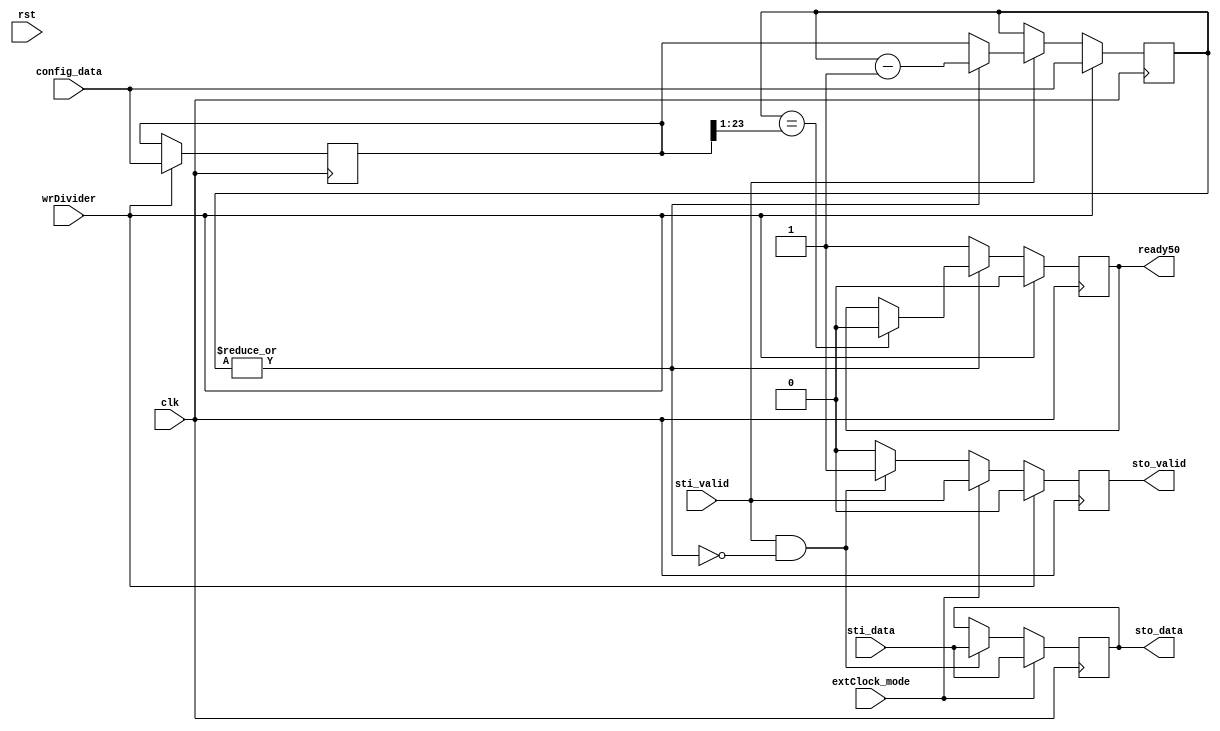
module sampler #(
  parameter integer DW = 32,  // data width
  parameter integer CW = 24   // counter width
)(
  // system signas
  input  wire          clk, 		// clock
  input  wire          rst, 		// reset
  // configuration/control signals
  input  wire          extClock_mode,	// clock selection
  input  wire          wrDivider, 	// write divider register
  input  wire [CW-1:0] config_data, 	// configuration data
  // input stream
  input  wire          sti_valid,	// sti_data is valid
  input  wire [DW-1:0] sti_data, 	// 32 input channels
  // output stream
  output reg           sto_valid, 	// new sample ready
  output reg  [DW-1:0] sto_data, 	// sampled data
  output reg           ready50
);

//
// Registers...
//
reg next_sto_valid;
reg [DW-1:0] next_sto_data;

reg [CW-1:0] divider, next_divider; 
reg [CW-1:0] counter, next_counter;	// Made counter decrementing.  Better synth.
wire counter_zero = ~|counter;


//
// Generate slow sample reference...
//
initial
begin
  divider = 0;
  counter = 0;
  sto_valid = 0;
  sto_data = 0;
end
always @ (posedge clk) 
begin
  divider   <= next_divider;
  counter   <= next_counter;
  sto_valid <= next_sto_valid;
  sto_data  <= next_sto_data;
end

always @*
begin
  next_divider = divider;
  next_counter = counter;
  next_sto_valid = 1'b0;
  next_sto_data = sto_data;

  if (extClock_mode)
    begin
      next_sto_valid = sti_valid;
      next_sto_data = sti_data;
    end
  else if (sti_valid && counter_zero)
    begin
      next_sto_valid = 1'b1;
      next_sto_data = sti_data;
    end

  //
  // Manage counter divider for internal clock sampling mode...
  //
  if (wrDivider)
    begin
      next_divider = config_data[CW-1:0];
      next_counter = next_divider;
      next_sto_valid = 1'b0; // reset
    end
  else if (sti_valid) 
    if (counter_zero)
      next_counter = divider;
    else next_counter = counter-1'b1;
end


//
// Generate ready50 50% duty cycle sample signal...
//
always @(posedge clk) 
begin
  if (wrDivider)
    ready50 <= 1'b0; // reset
  else if (counter_zero)
    ready50 <= 1'b1;
  else if (counter == divider[CW-1:1])
    ready50 <= 1'b0;
end

endmodule